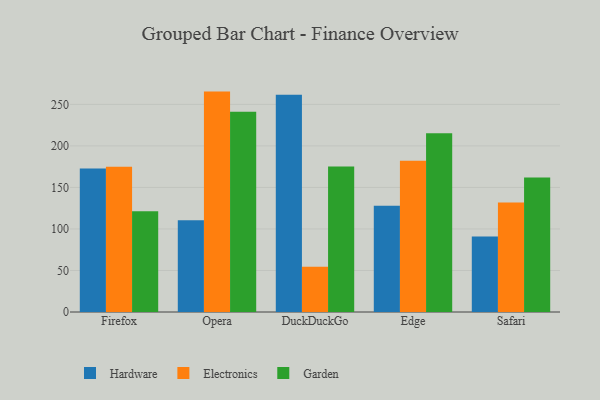
{"axis": {"x": "Browser", "y": "Shipments"}, "legend": ["Electronics", "Garden", "Hardware"], "data": [{"x": "Firefox", "y": 172.9, "type": "Hardware"}, {"x": "Firefox", "y": 174.9, "type": "Electronics"}, {"x": "Firefox", "y": 121.2, "type": "Garden"}, {"x": "Opera", "y": 110.6, "type": "Hardware"}, {"x": "Opera", "y": 265.4, "type": "Electronics"}, {"x": "Opera", "y": 241.2, "type": "Garden"}, {"x": "DuckDuckGo", "y": 261.7, "type": "Hardware"}, {"x": "DuckDuckGo", "y": 54.4, "type": "Electronics"}, {"x": "DuckDuckGo", "y": 175.1, "type": "Garden"}, {"x": "Edge", "y": 127.9, "type": "Hardware"}, {"x": "Edge", "y": 182.1, "type": "Electronics"}, {"x": "Edge", "y": 215.3, "type": "Garden"}, {"x": "Safari", "y": 91.0, "type": "Hardware"}, {"x": "Safari", "y": 131.8, "type": "Electronics"}, {"x": "Safari", "y": 162.0, "type": "Garden"}]}